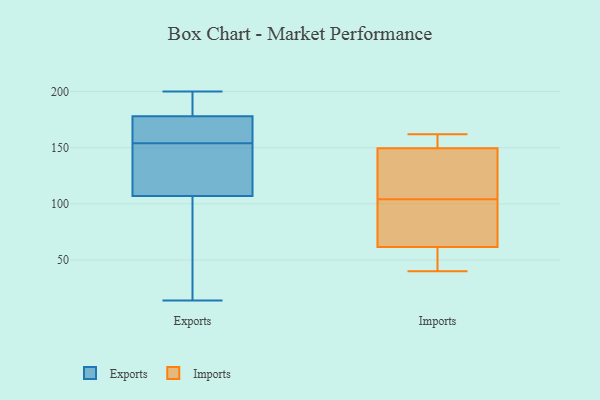
{"axis": {"x": "Website Visitors", "y": "Value"}, "legend": ["Exports", "Imports"], "data": [{"x": "", "y": 133, "type": "Exports"}, {"x": "", "y": 18, "type": "Exports"}, {"x": "", "y": 148, "type": "Exports"}, {"x": "", "y": 14, "type": "Exports"}, {"x": "", "y": 160, "type": "Exports"}, {"x": "", "y": 93, "type": "Exports"}, {"x": "", "y": 183, "type": "Exports"}, {"x": "", "y": 107, "type": "Exports"}, {"x": "", "y": 200, "type": "Exports"}, {"x": "", "y": 170, "type": "Exports"}, {"x": "", "y": 115, "type": "Exports"}, {"x": "", "y": 178, "type": "Exports"}, {"x": "", "y": 96, "type": "Exports"}, {"x": "", "y": 139, "type": "Exports"}, {"x": "", "y": 171, "type": "Exports"}, {"x": "", "y": 162, "type": "Exports"}, {"x": "", "y": 194, "type": "Exports"}, {"x": "", "y": 196, "type": "Exports"}, {"x": "", "y": 161, "type": "Imports"}, {"x": "", "y": 40, "type": "Imports"}, {"x": "", "y": 89, "type": "Imports"}, {"x": "", "y": 162, "type": "Imports"}, {"x": "", "y": 45, "type": "Imports"}, {"x": "", "y": 145, "type": "Imports"}, {"x": "", "y": 145, "type": "Imports"}, {"x": "", "y": 154, "type": "Imports"}, {"x": "", "y": 74, "type": "Imports"}, {"x": "", "y": 112, "type": "Imports"}, {"x": "", "y": 49, "type": "Imports"}, {"x": "", "y": 96, "type": "Imports"}]}